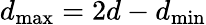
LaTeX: d_{\operatorname*{max}}=2d-d_{\operatorname*{min}}